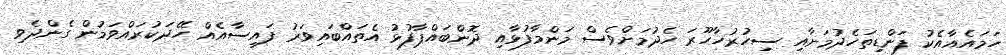
ހަމައެއާއެކު ފަންޑިތަހެދުމަށާއި ސިހުރުހާހޫރަ ހެދުމަށްވެސް މަންމާފުޅާއި ދޮންބައްޕާފުޅު އެތައްބައިވަރު ފައިސާއެއް ހޭދަކުރައްވަމުން ގެންދެވި